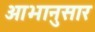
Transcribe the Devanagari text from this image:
आभानुसार